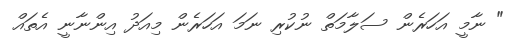
" ނާމީ އަހަރެން ސަލާމަތް ނުކުރި ނަމަ އަހަރެން މިއަދު އިންނާނީ އެތައް